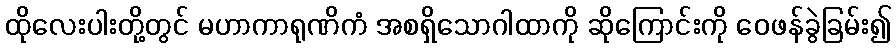
ထိုလေးပါးတို့တွင် မဟာကာရုဏိကံ အစရှိသောဂါထာကို ဆိုကြောင်းကို ဝေဖန်ခွဲခြမ်း၍